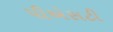
પીએસટી